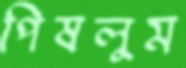
পিষলুম